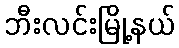
ဘီးလင်းမြို့နယ်